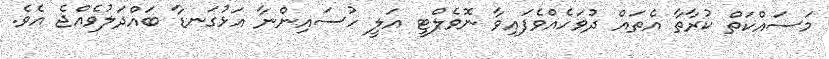
މަސައްކަތް ކުރާތާ އެތައް ދުވަހެއްވެފައިވާ ނޮވެލްޓީ އަލީ ހުސައިންނާ އަޅުގަނޑާ ބައްދަލުވެއްޖެ އެވެ.